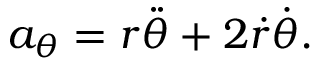
a _ { \theta } = r { \ddot { \theta } } + 2 { \dot { r } } { \dot { \theta } } .